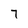
Character: 7